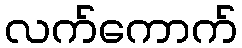
လက်ကောက်